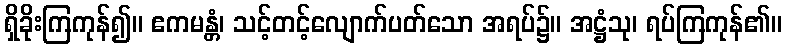
ရှိခိုးကြကုန်၍။ ဧကမန္တံ၊ သင့်တင့်လျောက်ပတ်သော အရပ်၌။ အဋ္ဌံသု၊ ရပ်ကြကုန်၏။